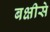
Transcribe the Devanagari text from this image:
बक्षीसे